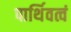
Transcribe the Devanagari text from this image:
पार्थिवत्वं